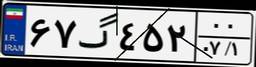
۲۸گ۰۳۹۲۹